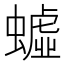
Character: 𲀄